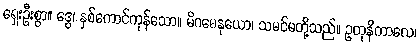
ရှေးဦးစွာ။ ဒွေ၊ နှစ်ကောင်ကုန်သော။ မိဂဓေနုယော၊ သမင်မတို့သည်။ ဥတုနိကာလေ၊